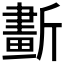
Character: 𣃂